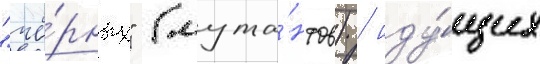
"чё́рных" (мута́нтов) / иду́щих